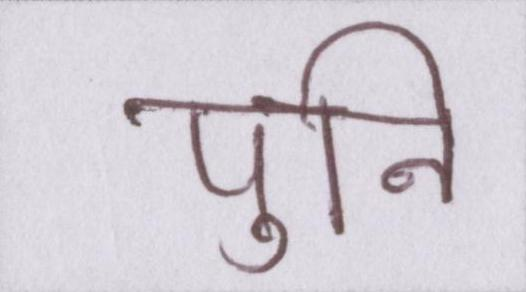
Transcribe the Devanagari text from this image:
पुनि